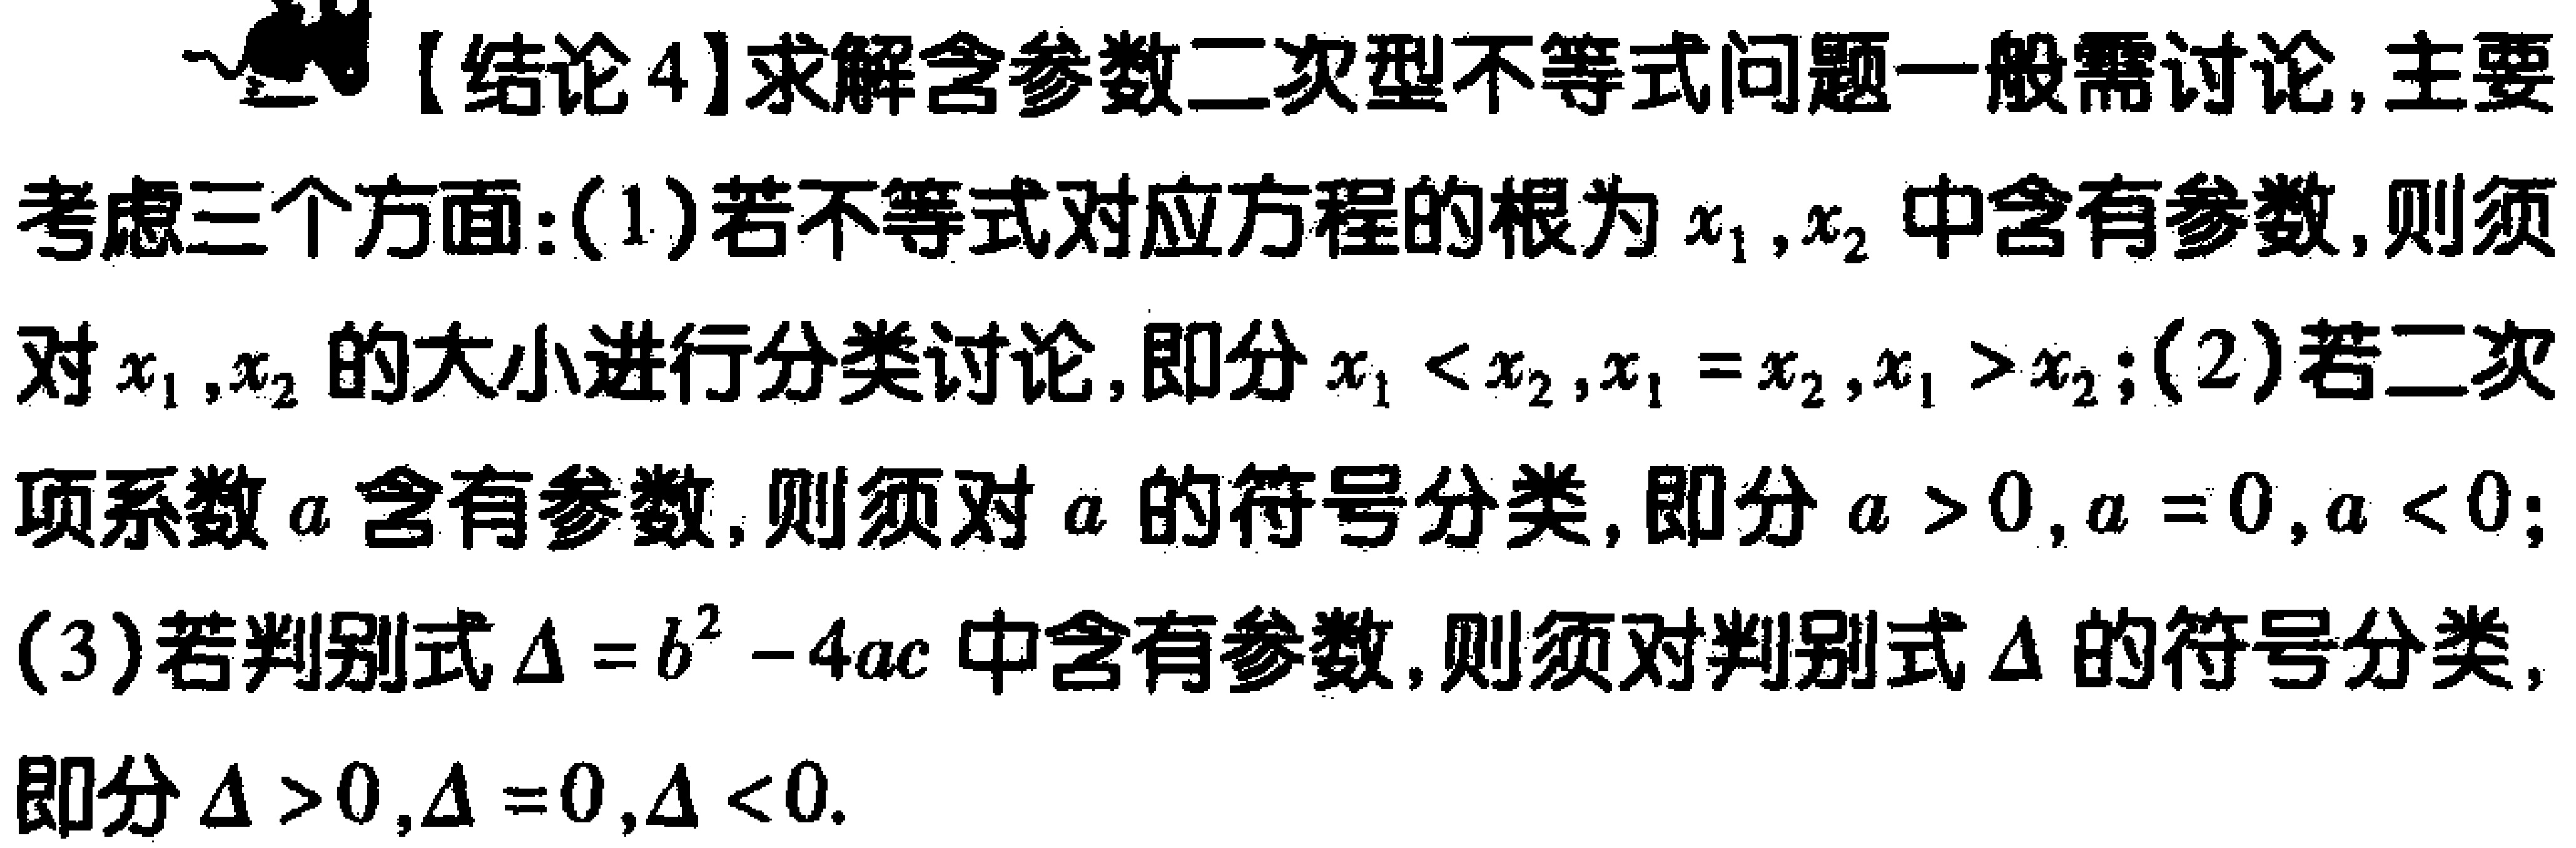
【结论4】求解含参数二次型不等式问题一般需讨论,主要考虑三个方面:

(1)若不等式对应方程的根为\(x_1,x_2\)中含有参数,则须对\(x_1,x_2\)的大小进行分类讨论,即分\(x_1 < x_2,x_1 = x_2,x_1 > x_2\);

(2)若二次项系数\(a\)含有参数,则须对\(a\)的符号分类,即分\(a > 0,a = 0,a < 0\);

(3)若判别式\(\Delta = b^{2}-4ac\)中含有参数,则须对判别式\(\Delta\)的符号分类,即分\(\Delta > 0,\Delta = 0,\Delta < 0\).